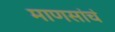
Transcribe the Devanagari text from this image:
माणसांचं